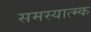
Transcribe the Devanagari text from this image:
समस्यात्म्क